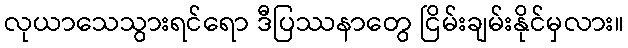
လုယာသေသွားရင်ရော ဒီပြဿနာတွေ ငြိမ်းချမ်းနိုင်မှလား။